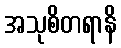
အသုစိတရာနိ